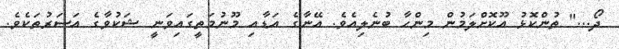
ދޯ..." ތުންކޮޅު އޫކޮށްލަމުން މިންހާ ބުނެލިއެވެ. އޭނާގެ އަޑާއި މޫނުމަތީގައިވަނީ ޝަކުވާގެ އަސަރުތަކެވެ.